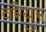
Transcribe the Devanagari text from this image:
वरैयुर